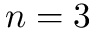
n = 3